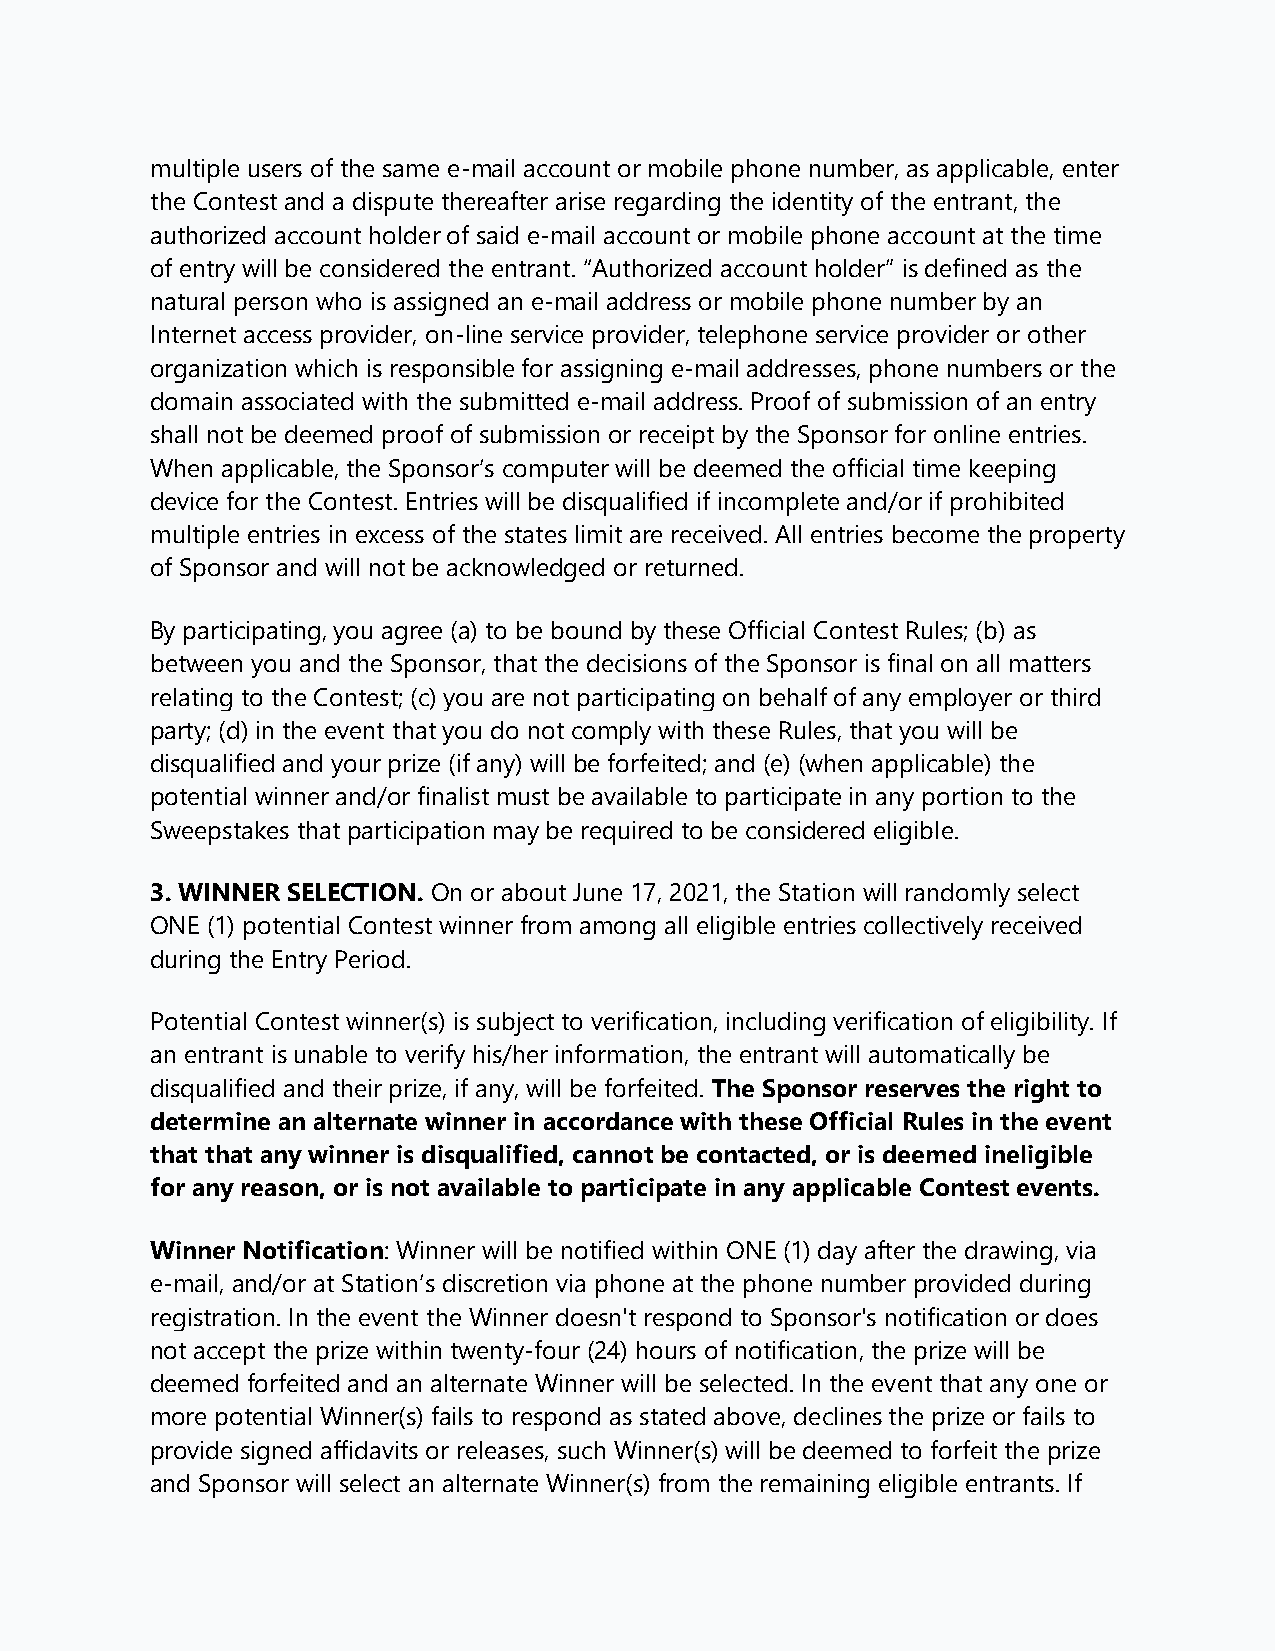
multiple users of the same e-mail account or mobile phone number, as applicable, enter
 the Contest and a dispute thereafter arise regarding the identity of the entrant, the
 authorized account holder of said e-mail account or mobile phone account at the time
 of entry will be considered the entrant. “Authorized account holder” is defined as the
 natural person who is assigned an e-mail address or mobile phone number by an
 Internet access provider, on-line service provider, telephone service provider or other
 organization which is responsible for assigning e-mail addresses, phone numbers or the
 domain associated with the submitted e-mail address. Proof of submission of an entry
 shall not be deemed proof of submission or receipt by the Sponsor for online entries.
 When applicable, the Sponsor’s computer will be deemed the official time keeping
 device for the Contest. Entries will be disqualified if incomplete and/or if prohibited
 multiple entries in excess of the states limit are received. All entries become the property
 of Sponsor and will not be acknowledged or returned.
 By participating, you agree (a) to be bound by these Official Contest Rules; (b) as
 between you and the Sponsor, that the decisions of the Sponsor is final on all matters
 relating to the Contest; (c) you are not participating on behalf of any employer or third
 party; (d) in the event that you do not comply with these Rules, that you will be
 disqualified and your prize (if any) will be forfeited; and (e) (when applicable) the
 potential winner and/or finalist must be available to participate in any portion to the
 Sweepstakes that participation may be required to be considered eligible.
 3. WINNER SELECTION. On or about June 17, 2021, the Station will randomly select
 ONE (1) potential Contest winner from among all eligible entries collectively received
 during the Entry Period.
 Potential Contest winner(s) is subject to verification, including verification of eligibility. If
 an entrant is unable to verify his/her information, the entrant will automatically be
 disqualified and their prize, if any, will be forfeited. The Sponsor reserves the right to
 determine an alternate winner in accordance with these Official Rules in the event
 that that any winner is disqualified, cannot be contacted, or is deemed ineligible
 for any reason, or is not available to participate in any applicable Contest events.
 Winner Notification: Winner will be notified within ONE (1) day after the drawing, via
 e-mail, and/or at Station’s discretion via phone at the phone number provided during
 registration. In the event the Winner doesn't respond to Sponsor's notification or does
 not accept the prize within twenty-four (24) hours of notification, the prize will be
 deemed forfeited and an alternate Winner will be selected. In the event that any one or
 more potential Winner(s) fails to respond as stated above, declines the prize or fails to
 provide signed affidavits or releases, such Winner(s) will be deemed to forfeit the prize
 and Sponsor will select an alternate Winner(s) from the remaining eligible entrants. If